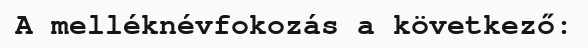
A melléknévfokozás a következő: